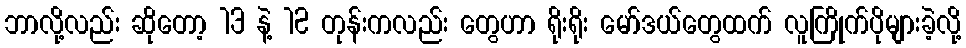
ဘာလို့လည်း ဆိုတော့ 13 နဲ့ 12 တုန်းကလည်း တွေဟာ ရိုးရိုး မော်ဒယ်တွေထက် လူကြိုက်ပိုများခဲ့လို့